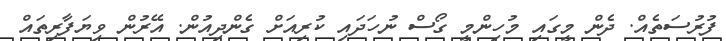
ފުރުސަތެއް. ދެން މީގައި މުހިންމީ ގޯސް ނުހަދައި ކުރިއަށް ގެންދިއުން. އޭރުން ވިޔަފާރިތައް